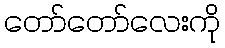
တော်တော်လေးကို